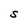
Character: S